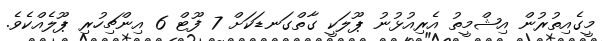
މީގެއިތުރުން އިޝްމީތު އެރިއުޅުނު ޕޫލަކީ ގާތްގަނޑަކަށް 7 ފޫޓް 6 އިންޗިހުރި ޕޫލެއްކެވެ.